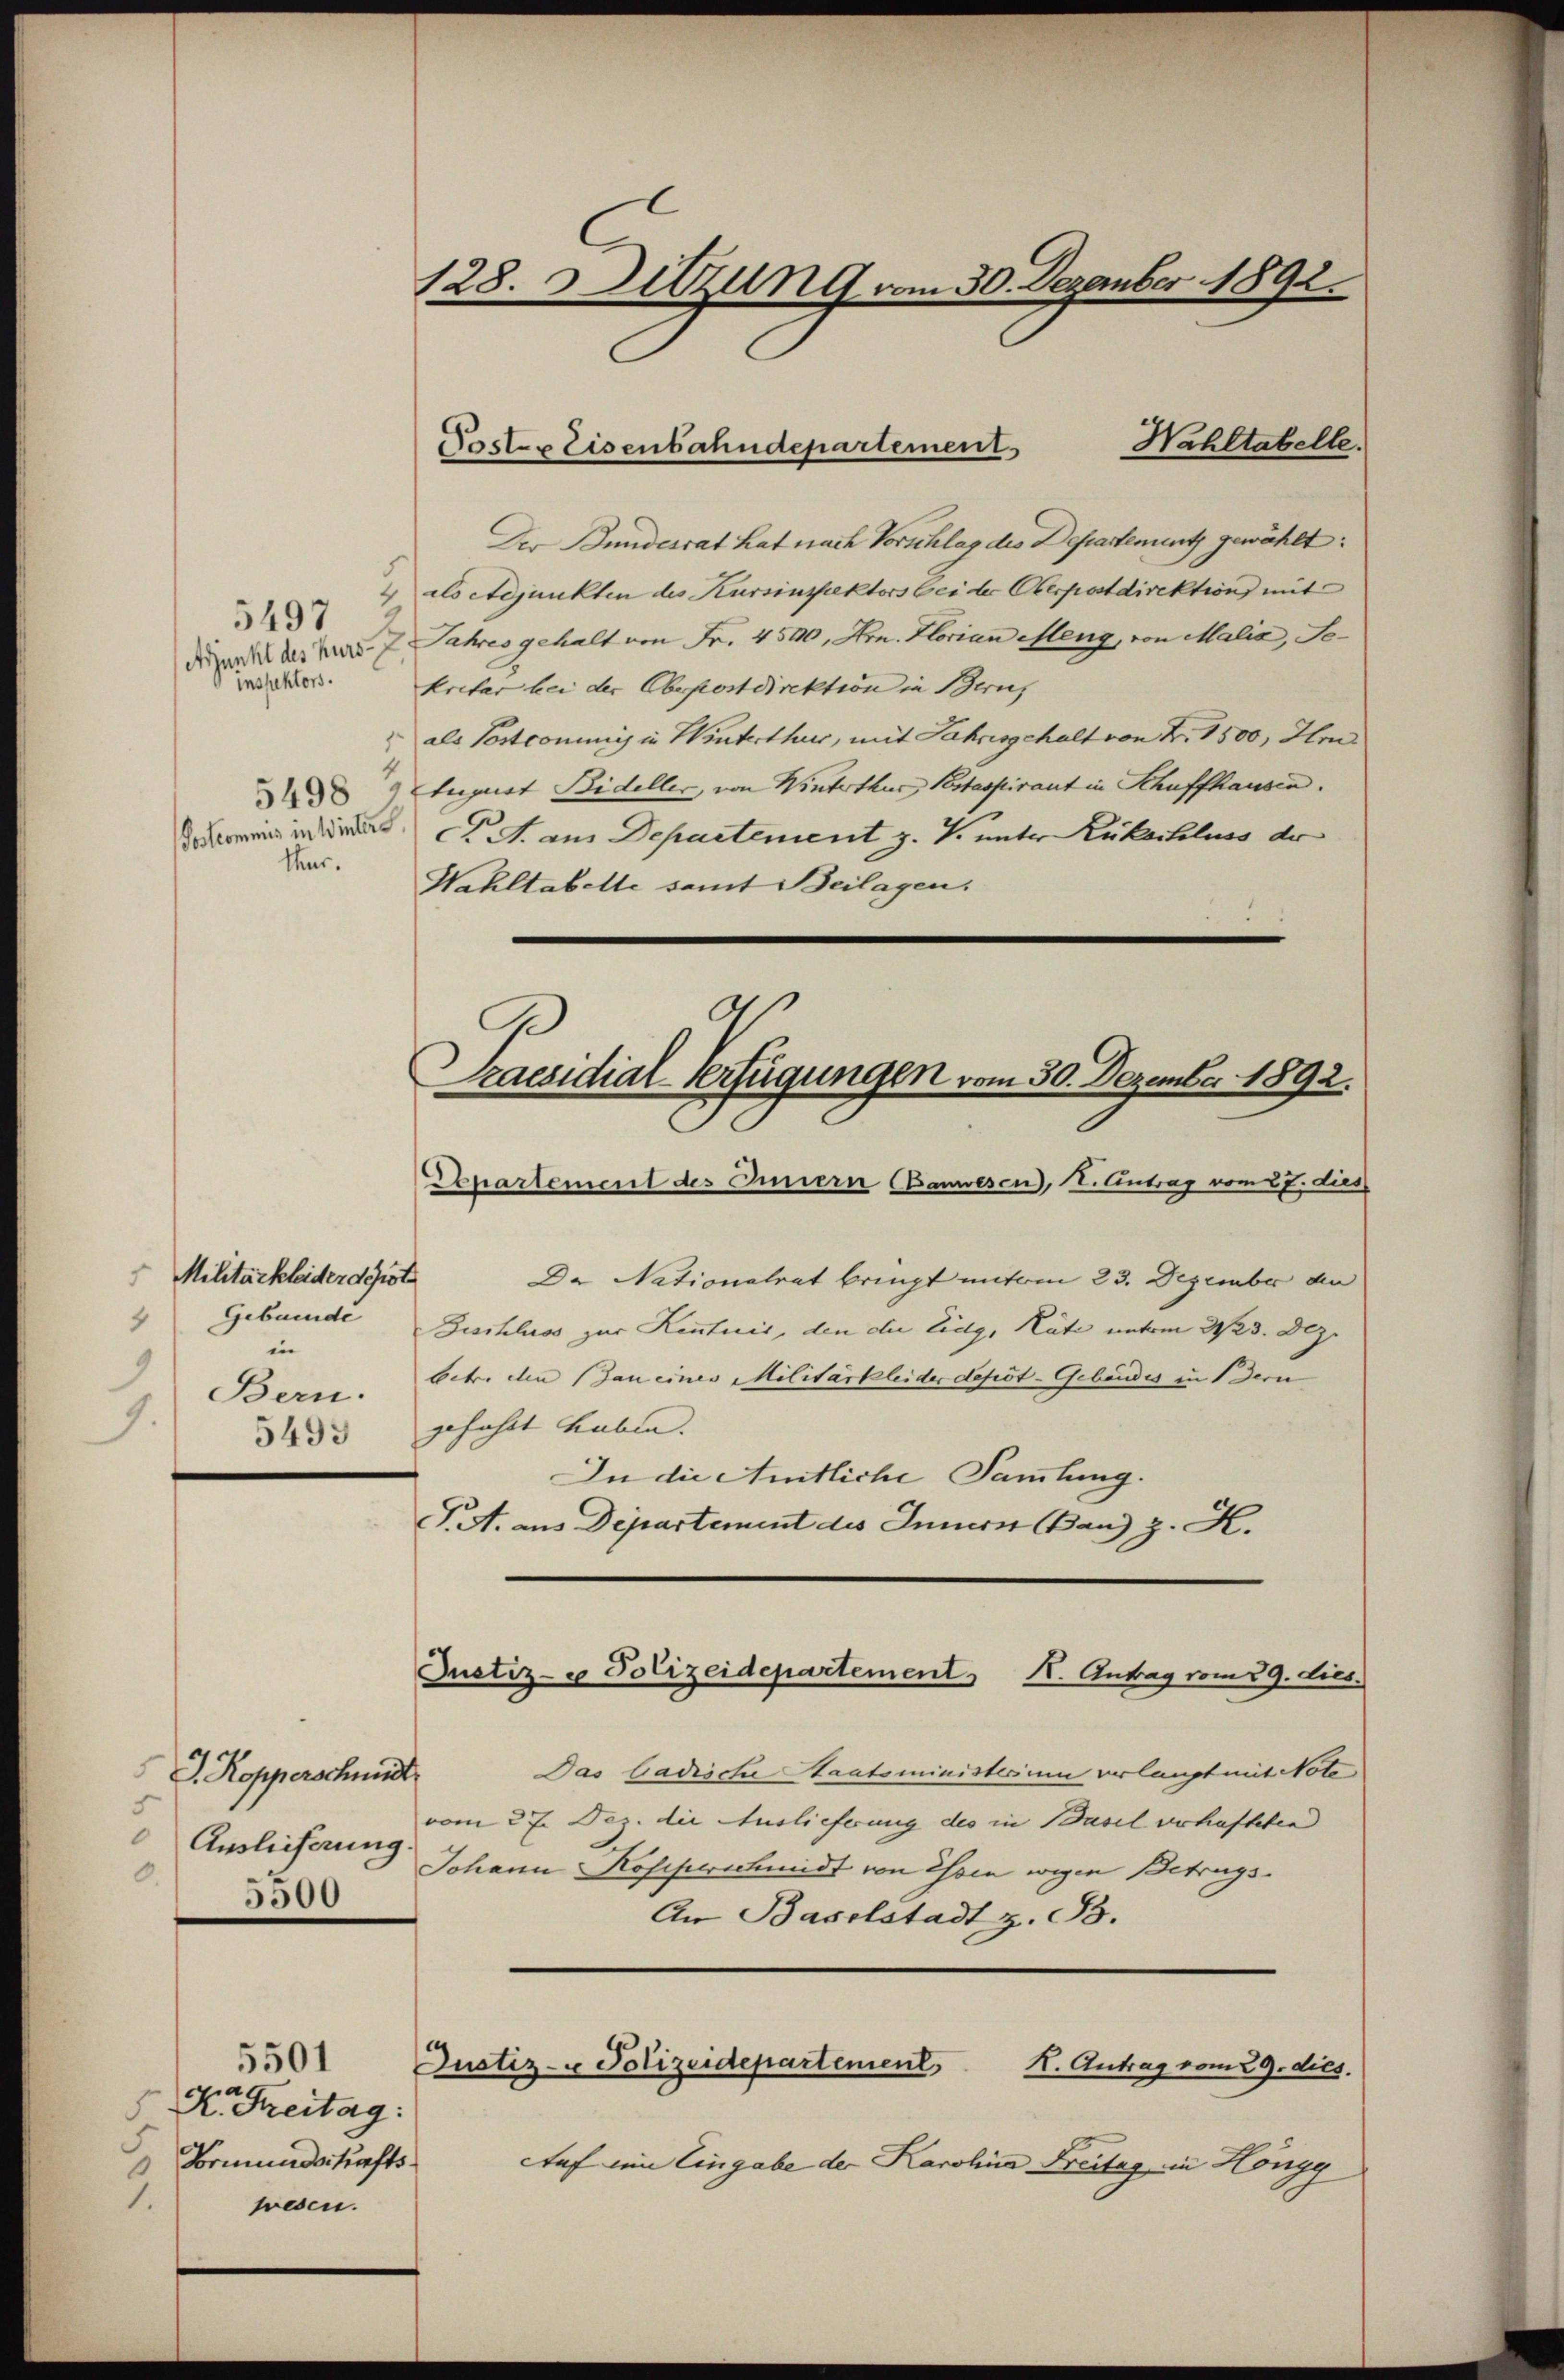
inspektors.

5497

thur.

Gebunde
in
9
Bern.
9.
5493

J. Kopperschust
5
Auslieferung
0.
5500

5501
ca.
 A. Freitag:
Brmundschafts
wesen.

128. Sitzung vom 30. Dezember 1892.

Der Bundesrat hat nach Vorschlag des Departement gewählt:
4 als Adjunkten des Kursinspektors bei der Oberpostdirektion mit
Dank der nur 7 Jahres gehalt am Fr. 4500, Hrn. Florian Meng, von Malia, Se¬
Prefer bei der Obepostdirektion in Berns
als Postcommis in Winterthur, mit Jahresgehalt von Fr. 1500, Im
 August Bideller, von Winterthur, Pestaspirant in Schaffhausen.
Jais in des C. M. aus Departement z. T. unter Rückschluss der
Wahltabelle samt Beilagen.
9

Wahltabelle.
Poster Eisenbahndepartement

Praesidial-Verfügungen vom 30. Dezember 1892.
Departement des Innern Banwesen, II. Eintrag vom 27. dies

Justiz- u Polizeidepartement H. Antrag vom 29. dies.

Justiz- & Polizeidepartement
K. Antrag vom 29. dies.

Militärkleider deute Nationalrat bringt unterm 23. Dezember de
Beschluss zur Kenntnis, den die Eidg, Käte unterm 2./23. Dez.
betr. den an eines Militärkleider depot-Gebäudes in dern
gefahrt haben.
In die Amtliche Sammlung.
T. aus Departement des Innern Band z. K.

Das badische Staatsministerium verlangt mit Note
vom 27. Dez. die Auslieferung des in Basel verhafteten
Johann Rosiperschmidt von Essen wegen Betrags¬
An Baselstadt z. B.

Auf ein Eingabe der Karolina Freitag in Höngg